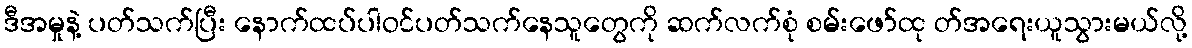
ဒီအမှုနဲ့ ပတ်သက်ပြီး နောက်ထပ်ပါဝင်ပတ်သက်နေသူတွေကို ဆက်လက်စုံ စမ်းဖော်ထု တ်အရေးယူသွားမယ်လို့